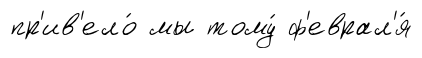
пр'ив'ело́ мы тому́ ф'еврал'я́